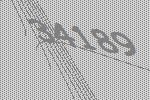
34189